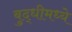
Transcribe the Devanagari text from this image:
बुद्धीमध्ये